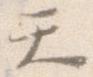
て